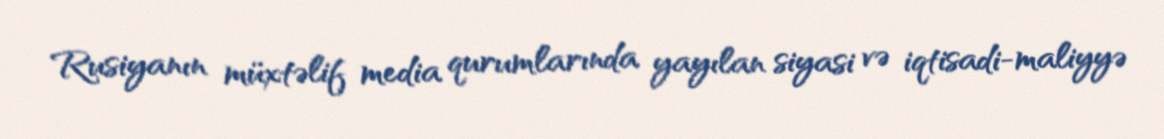
Rusiyanın müxtəlif media qurumlarında yayılan siyasi və iqtisadi-maliyyə